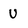
Character: U